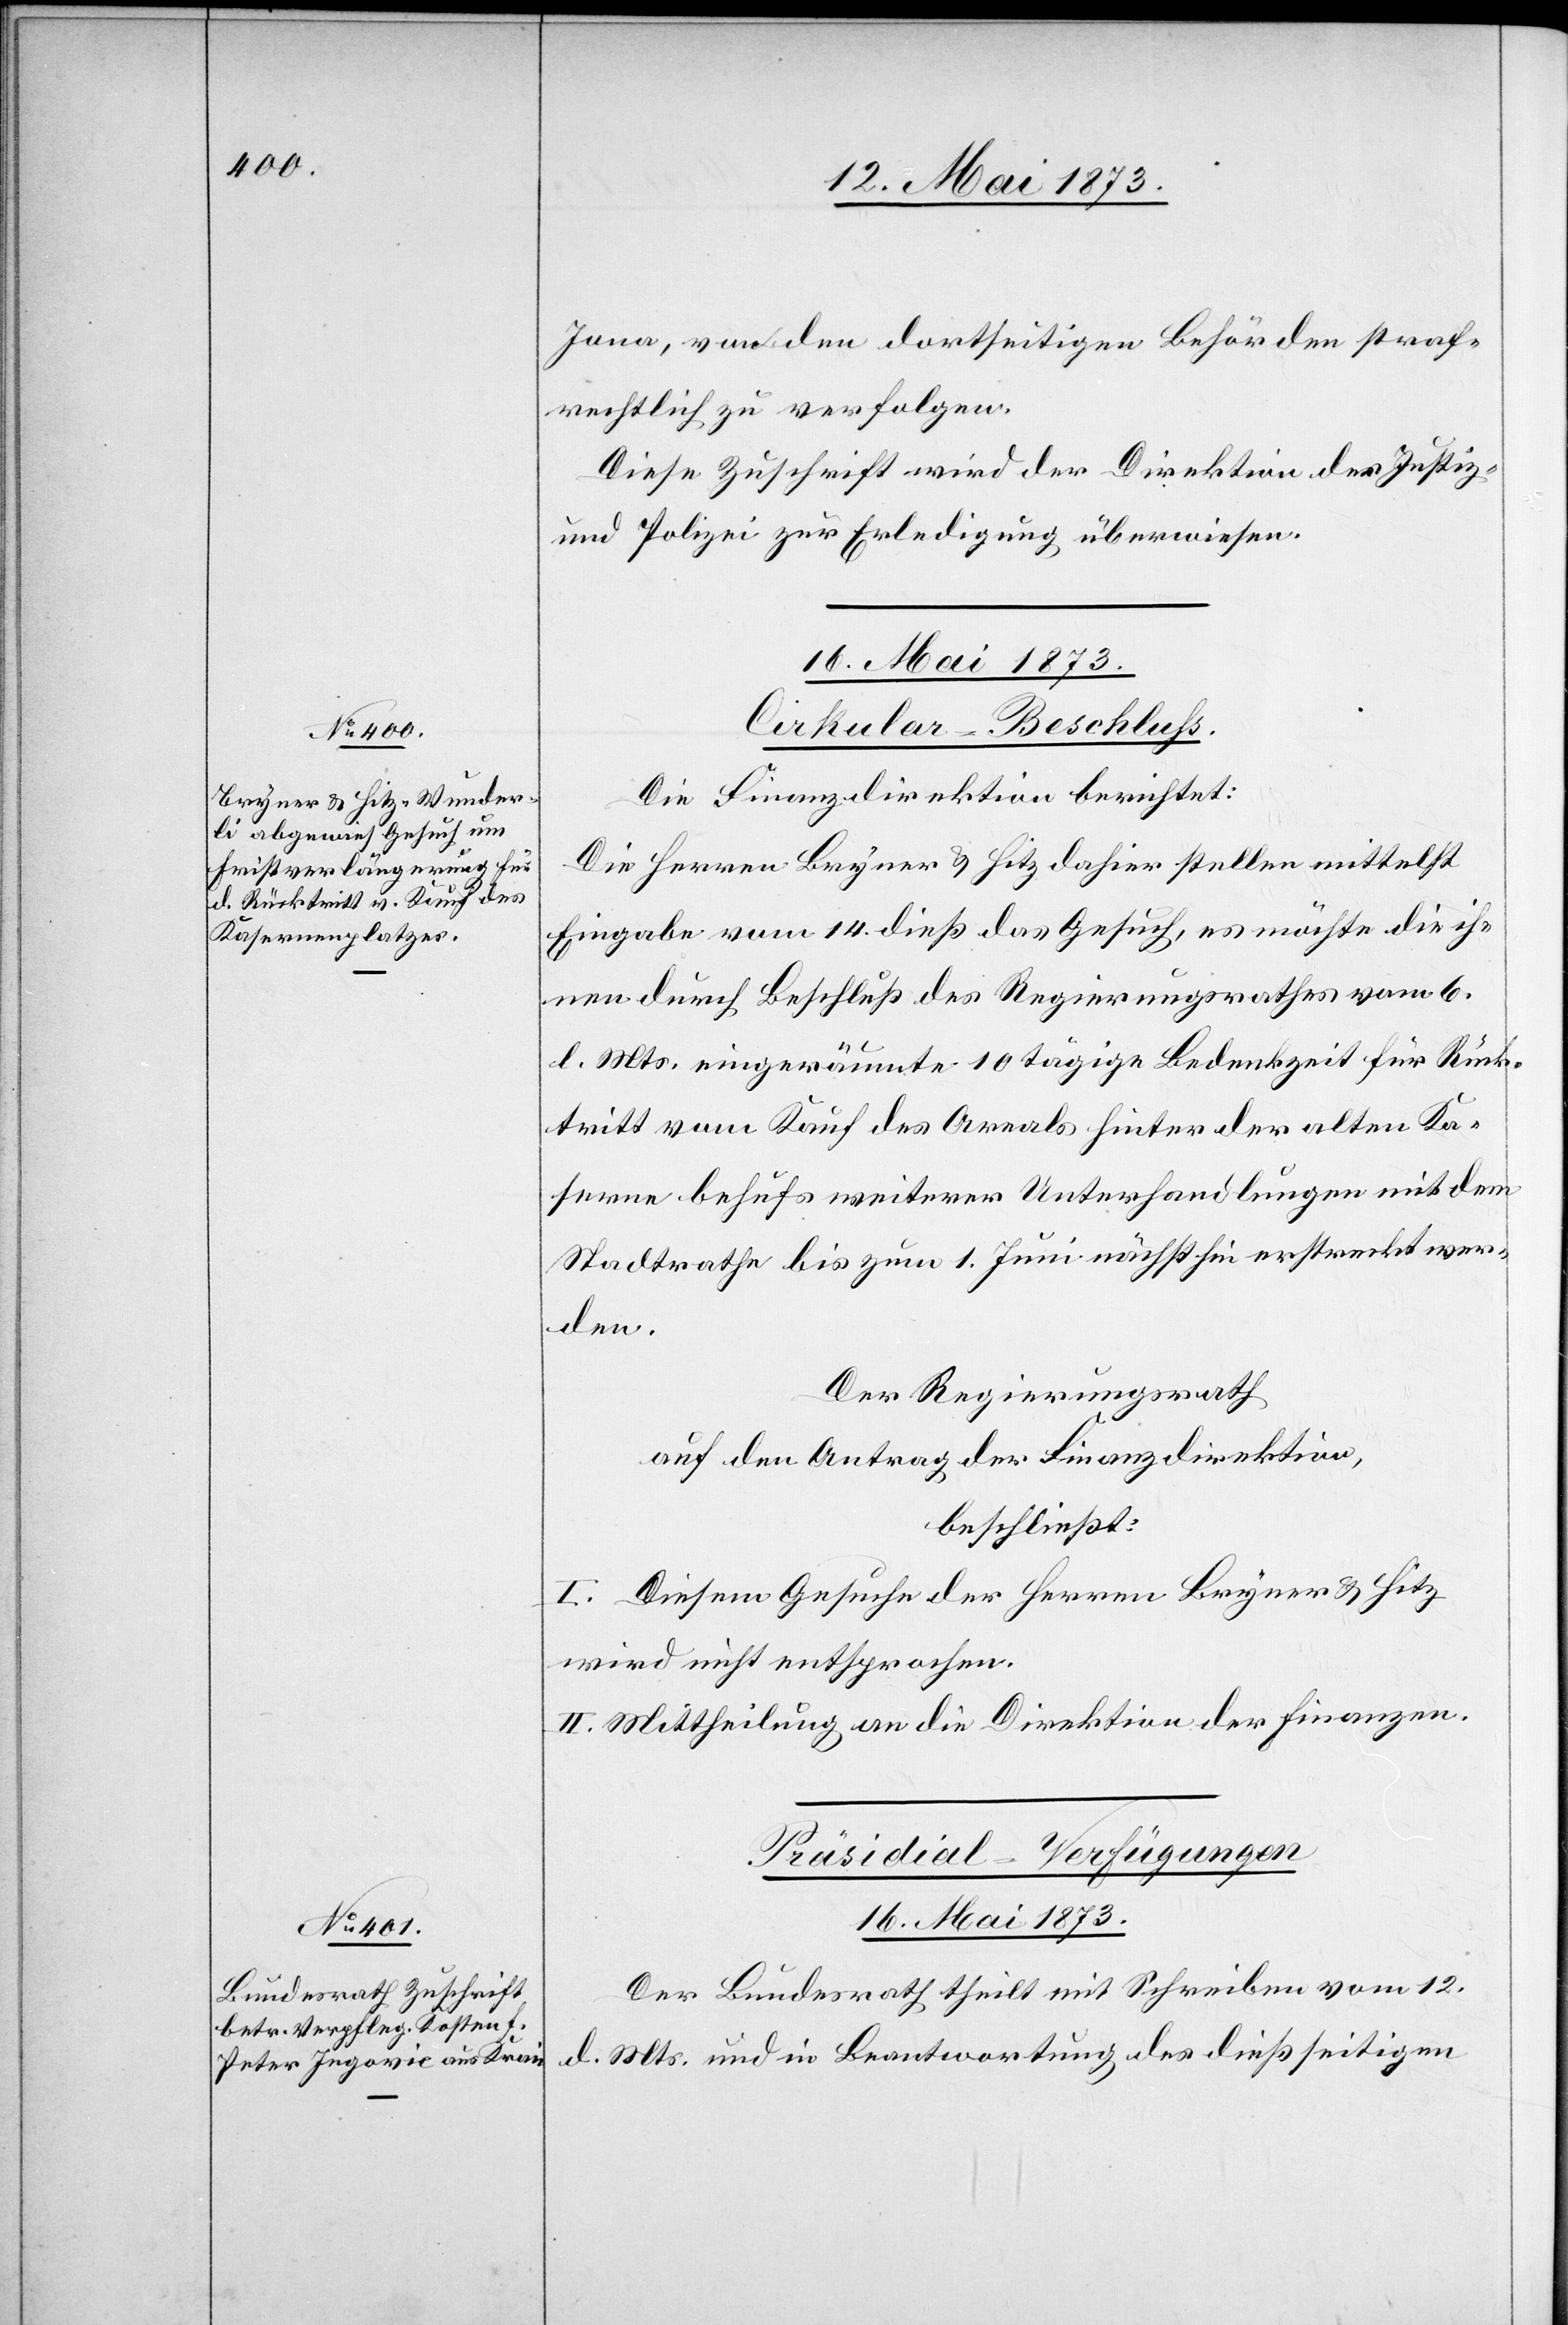
Jona, von den dortseitigen Behörden straf¬
rechtlich zu verfolgen.
Diese Zuschrift wird der Direktion der Justiz
und Polizei zur Erledigung überwiesen.
16. Mai 1873
Cirkular-Beschluss.
Die Finanzdirektion berichtet:
Die Herren Bryner & Hitz dahier stellen mittelst
Eingabe vom 14. dieß das Gesuch, es möchte die ih¬
nen durch Beschluß des Regierungsrathes vom 6.
d. Mts. eingeräumte 10 tägige Bedenkzeit für Rück¬
tritt vom Kauf des Areals hinter der alten Ka¬
serne behufs weiterer Unterhandlungen mit dem
Stadtrathe bis zum 1. Juni nächsthin erstreckt wer¬
den.
Der Regierungsrath
auf den Antrag der Finanzdirektion,
beschließt:
I. Diesem Gesuche der Herren Bryner & Hitz
wird nicht entsprochen.
II. Mittheilung an die Direktion der Finanzen.
Präsidial-Verfügungen
16. Mai 1873.
Der Bundesrath theilt mit Schreiben vom 12.
d. Mts. und in Beantwortung des dießseitigen